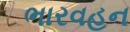
ભારવહન